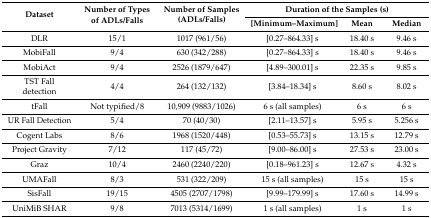
<table><thead><tr><td rowspan="2"><b>Dataset</b></td><td rowspan="2"><b>Number of Types of ADLs/Falls</b></td><td rowspan="2"><b>Number of Samples (ADLs/Falls)</b></td><td colspan="3"><b>Duration of the Samples (s)</b></td></tr><tr><td><b>[Minimum–Maximum]</b></td><td><b>Mean</b></td><td><b>Median</b></td></tr></thead><tbody><tr><td>DLR</td><td>15/1</td><td>1017 (961/56)</td><td>[0.27–864.33] s</td><td>18.40 s</td><td>9.46 s</td></tr><tr><td>MobiFall</td><td>9/4</td><td>630 (342/288)</td><td>[0.27–864.33] s</td><td>18.40 s</td><td>9.46 s</td></tr><tr><td>MobiAct</td><td>9/4</td><td>2526 (1879/647)</td><td>[4.89–300.01] s</td><td>22.35 s</td><td>9.85 s</td></tr><tr><td>TST Fall detection</td><td>4/4</td><td>264 (132/132)</td><td>[3.84–18.34] s</td><td>8.60 s</td><td>8.02 s</td></tr><tr><td>tFall</td><td>Not typified/8</td><td>10,909 (9883/1026)</td><td>6 s (all samples)</td><td>6 s</td><td>6 s</td></tr><tr><td>UR Fall Detection</td><td>5/4</td><td>70 (40/30)</td><td>[2.11–13.57] s</td><td>5.95 s</td><td>5.256 s</td></tr><tr><td>Cogent Labs</td><td>8/6</td><td>1968 (1520/448)</td><td>[0.53–55.73] s</td><td>13.15 s</td><td>12.79 s</td></tr><tr><td>Project Gravity</td><td>7/12</td><td>117 (45/72)</td><td>[9.00–86.00] s</td><td>27.53 s</td><td>23.00 s</td></tr><tr><td>Graz</td><td>10/4</td><td>2460 (2240/220)</td><td>[0.18–961.23] s</td><td>12.67 s</td><td>4.32 s</td></tr><tr><td>UMAFall</td><td>8/3</td><td>531 (322/209)</td><td>15 s (all samples)</td><td>15 s</td><td>15 s</td></tr><tr><td>SisFall</td><td>19/15</td><td>4505 (2707/1798)</td><td>[9.99–179.99] s</td><td>17.60 s</td><td>14.99 s</td></tr><tr><td>UniMiB SHAR</td><td>9/8</td><td>7013 (5314/1699)</td><td>1 s (all samples)</td><td>1 s</td><td>1 s</td></tr></tbody></table>